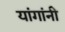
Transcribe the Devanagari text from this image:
यांगांनी